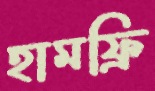
হামফ্রি